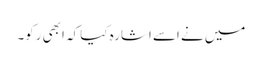
میں نے اسے اشارہ کیا کہ ابھی رکو۔